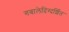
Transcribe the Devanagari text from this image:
गबालेदिग्दर्शित